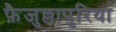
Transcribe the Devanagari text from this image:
फ़ैजुल्लापुरिया